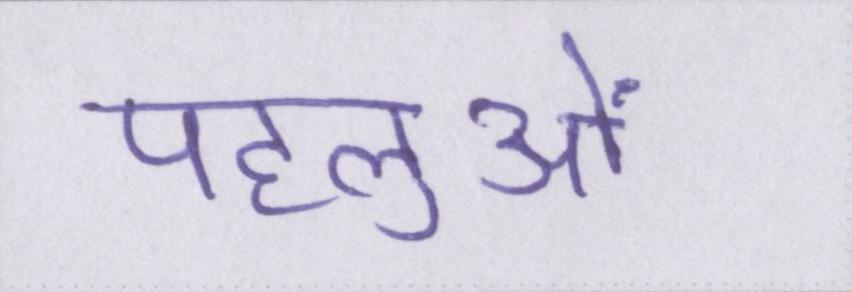
पहलुओं